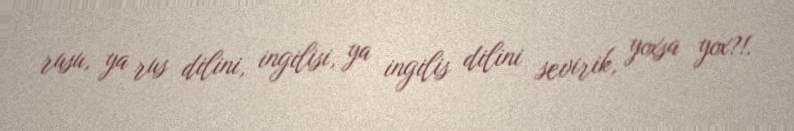
rusu, ya rus dilini, ingilisi, ya ingilis dilini sevirik, yoxsa yox?!.